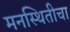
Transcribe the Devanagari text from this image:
मनस्थितीचा